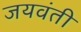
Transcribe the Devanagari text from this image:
जयवंती